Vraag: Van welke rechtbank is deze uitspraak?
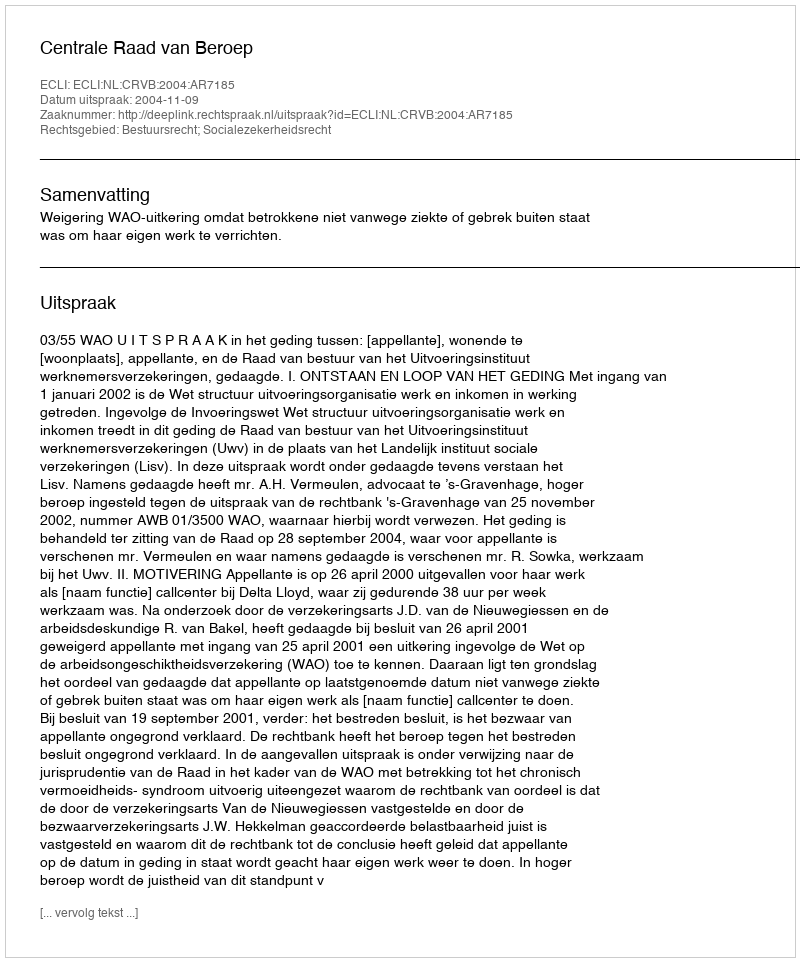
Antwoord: Centrale Raad van Beroep